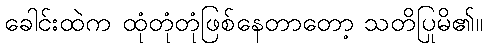
ခေါင်းထဲက ထုံတုံတုံဖြစ်နေတာတော့ သတိပြုမိ၏။